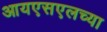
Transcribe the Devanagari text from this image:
आयएसएलच्या